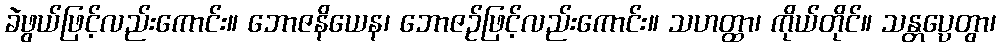
ခဲဖွယ်ဖြင့်လည်းကောင်း။ ဘောဇနိယေန၊ ဘောဇဉ်ဖြင့်လည်းကောင်း။ သဟတ္ထာ၊ ကိုယ်တိုင်။ သန္တပ္ပေတွာ၊